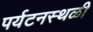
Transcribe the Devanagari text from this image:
पर्यटनस्थळी